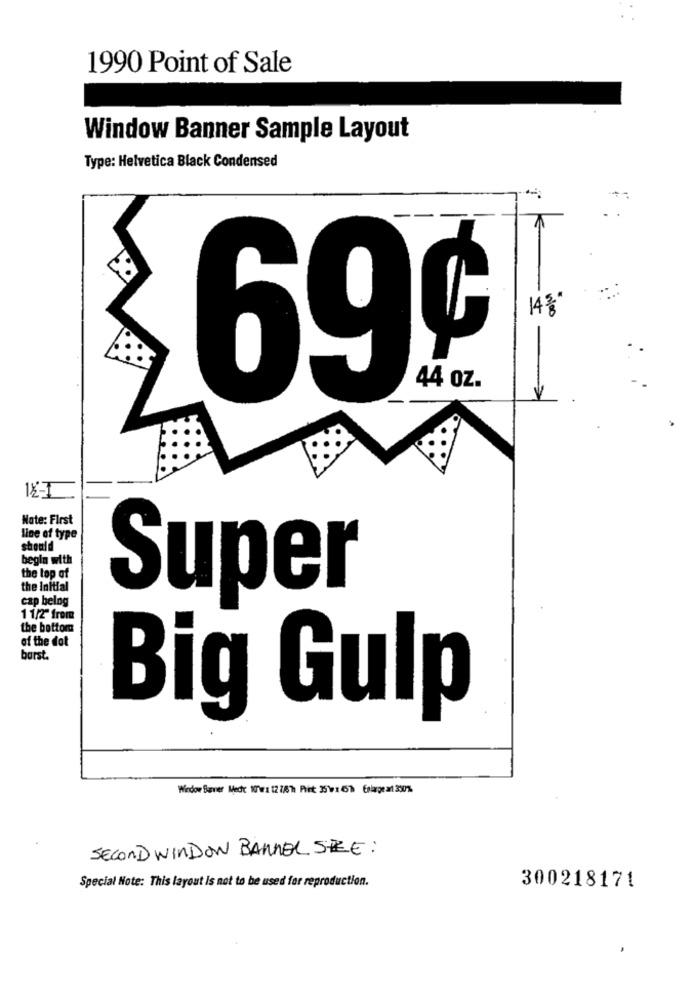
1990 Point of Sale
Window Banner Sample Layout
Type: Helvetica Black Condensed
14 %
69¢
44 oz.
12-1
Note: First
line of type
should
begin with
the top of
the Initial
cap being
Super
11/2" from
the bottom
of the dot
barst.
Big Gulp
Window Sanner Mech 10 wra 12 7/6 h Pit: 35 W1 6h Enlarge at 200%.
SECOND WINDOW BANNEL SIZE :
Special Note: This layout is not to be used for reproduction.
300218171